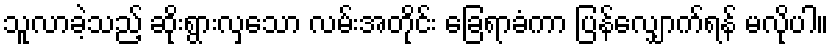
သူလာခဲ့သည့် ဆိုးရွားလှသော လမ်းအတိုင်း ခြေရာခံကာ ပြန်လျှောက်ရန် မလိုပါ။